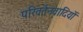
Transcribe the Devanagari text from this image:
परिवर्तनवादियों